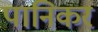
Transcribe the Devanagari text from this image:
पानिकर